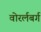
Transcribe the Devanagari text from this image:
वोरर्लबर्ग